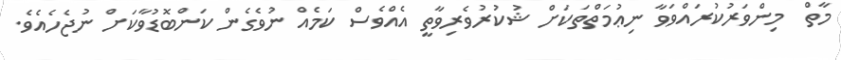
މާތް  މިންވަރުކުރައްވަވާ ނިޢުމަތްތަކަށް ޝުކުރުވެރިވާތީ އެއްވެސް ކަމެއް ނުވެގެން ކަންބޮޑުވާކަށް ނުޖެހެއެވެ.